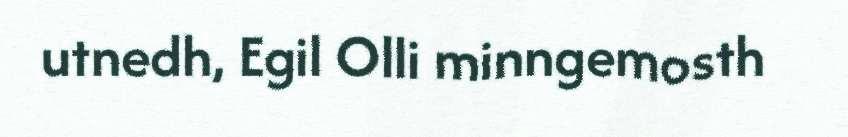
utnedh, Egil Olli minngemosth